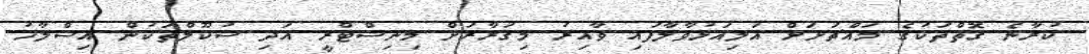
ކުރާނެ ގޮތްތަކުގެ މައްޗަށަށް އަލިއަޅުވާލާފައި ވާއިރު މިޤަރާރަށް މިނިސްޓްރީ އަދި ސުކޫލްތަކުން އިސްލާހު